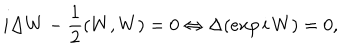
i \Delta W - { \frac { 1 } { 2 } } ( W , W ) = 0 \Leftrightarrow \Delta ( e x p \, i \, W ) = 0 ,